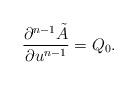
LaTeX: \begin{align*} \frac{\partial^{n-1}\tilde{A}}{\partial u^{n-1}}=Q_0.\end{align*}